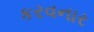
કરવનાર